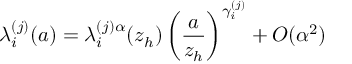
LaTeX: \lambda _ { i } ^ { ( j ) } ( a ) = \lambda _ { i } ^ { ( j ) \alpha } ( z _ { h } ) \left( \frac { a } { z _ { h } } \right) ^ { \gamma _ { i } ^ { ( j ) } } + { \cal O } ( \alpha ^ { 2 } )